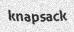
knapsack